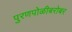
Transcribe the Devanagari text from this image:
पुरणपोळीबरोबर